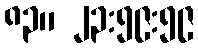
၈၃။ ၂၃:၅၉:၅၉